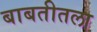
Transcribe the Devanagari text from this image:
बाबतीतला